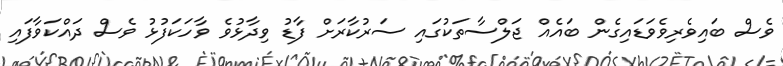
ވެސް ބައިވެރިވެވަޑައިގެން ބައެއް ޖަލްސާތަކުގައި ސަރުކާރަށް ފާޑު ވިދާޅުވެ ވާހަކަފުޅު ވެސް ދައްކަވާފައި